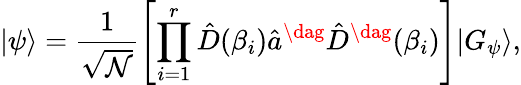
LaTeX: |\psi\rangle=\frac{1}{\sqrt{\mathcal{N}}}\left[\prod_{i=1}^{r}\hat{D}(\beta_{i})\hat{a}^{\dag}\hat{D}^{\dag}(\beta_{i})\right]|G_{\psi}\rangle,